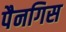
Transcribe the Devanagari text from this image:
पैनगिस